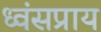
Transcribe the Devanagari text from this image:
ध्वंसप्राय